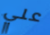
علي